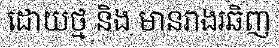
ដោយថ្ម និង មានរាងរឆិញ